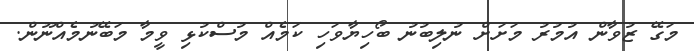
މަގޭ ޒުވާން އުމުރު މަށަށް ނުލިބުނު ބޯހިޔާވަހި ކަމެއް މުސްކުޅި ވީމާ މަބޭނުމެއްނޫން.